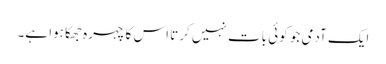
ایک آدمی جو کوئی بات نہیں کرتا اس کا چہرہ جھکا ہوا ہے۔